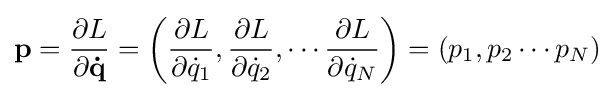
\mathbf {p} ={\frac {\partial L}{\partial \mathbf {\dot {q}} }}=\left({\frac {\partial L}{\partial {\dot {q}}_{1}}},{\frac {\partial L}{\partial {\dot {q}}_{2}}},\cdots {\frac {\partial L}{\partial {\dot {q}}_{N}}}\right)=(p_{1},p_{2}\cdots p_{N})